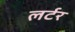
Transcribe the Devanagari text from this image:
लर्टर